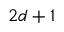
2 d + 1